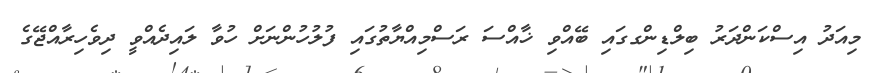
މިއަދު އިސްކަންދަރު ބިލްޑިންގގައި ބޭއްވި ޚާއްސަ ރަސްމިއްޔާތުގައި ފުލުހުންނަށް ހުވާ ލައިދެއްވީ ދިވެހިރާއްޖޭގެ